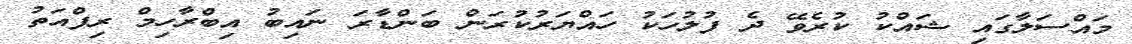
މައްސަލާގައި ޝައްކު ކުރެވޭ ދެ ފުލުހަކު ހައްޔަރުކުރަން ބަންޑާރަ ނައިބު އިބްރާހިމް ރިފްއަތު